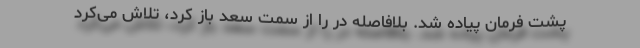
پشت فرمان پیاده شد. بلافاصله در را از سمت سعد باز کرد، تلاش می‌کرد